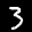
Label: 3